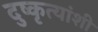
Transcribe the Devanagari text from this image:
दुष्कृत्यांशी